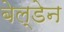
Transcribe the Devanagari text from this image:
बेल्डेन